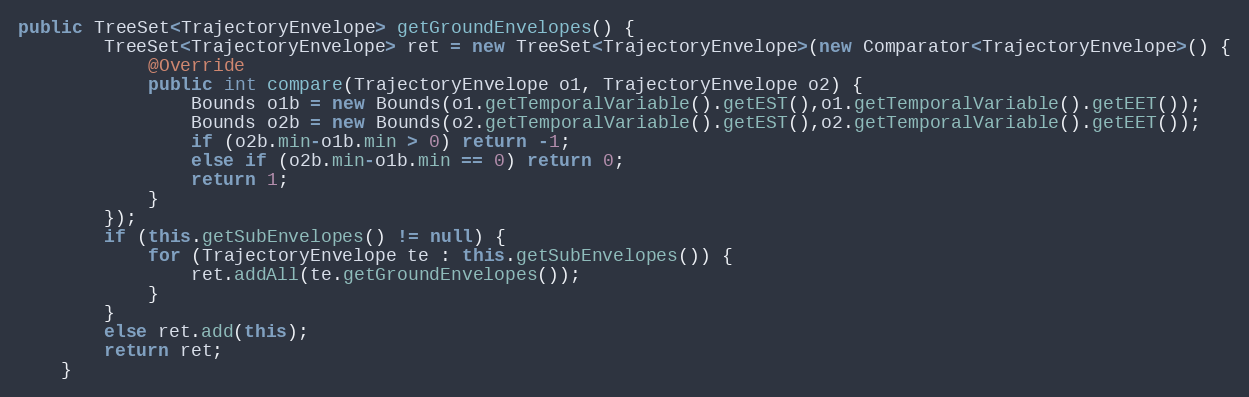
Language: Java
public TreeSet<TrajectoryEnvelope> getGroundEnvelopes() {
		TreeSet<TrajectoryEnvelope> ret = new TreeSet<TrajectoryEnvelope>(new Comparator<TrajectoryEnvelope>() {
			@Override
			public int compare(TrajectoryEnvelope o1, TrajectoryEnvelope o2) {
				Bounds o1b = new Bounds(o1.getTemporalVariable().getEST(),o1.getTemporalVariable().getEET());
				Bounds o2b = new Bounds(o2.getTemporalVariable().getEST(),o2.getTemporalVariable().getEET());
				if (o2b.min-o1b.min > 0) return -1;
				else if (o2b.min-o1b.min == 0) return 0;
				return 1;
			}
		});
		if (this.getSubEnvelopes() != null) {
			for (TrajectoryEnvelope te : this.getSubEnvelopes()) {
				ret.addAll(te.getGroundEnvelopes());
			}
		}
		else ret.add(this);
		return ret;
	}